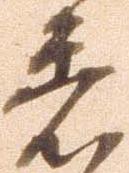
着